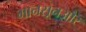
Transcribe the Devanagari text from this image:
मानसूनऔर